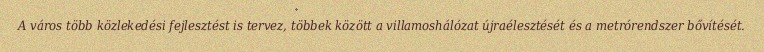
A város több közlekedési fejlesztést is tervez, többek között a villamoshálózat újraélesztését és a metrórendszer bővítését.